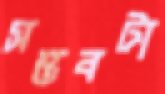
সম্ভবটা